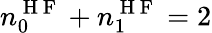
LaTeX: n_{0}^{\mathrm{~H~F~}}+n_{1}^{\mathrm{~H~F~}}=2